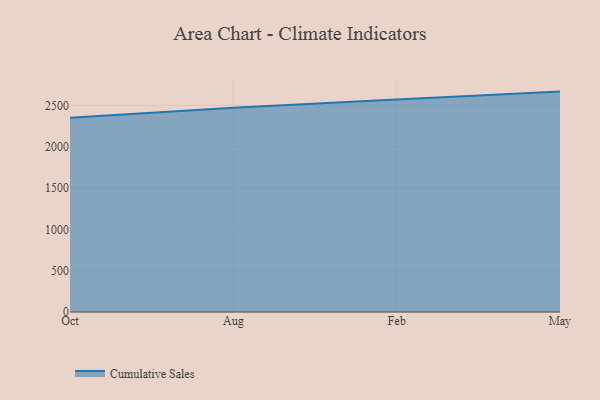
{"axis": {"x": "Month", "y": "Budget (USD K)"}, "legend": ["Cumulative Sales"], "data": [{"x": "Oct", "y": 2350.6, "type": "Cumulative Sales"}, {"x": "Aug", "y": 2470.7, "type": "Cumulative Sales"}, {"x": "Feb", "y": 2571.8, "type": "Cumulative Sales"}, {"x": "May", "y": 2666.0, "type": "Cumulative Sales"}]}